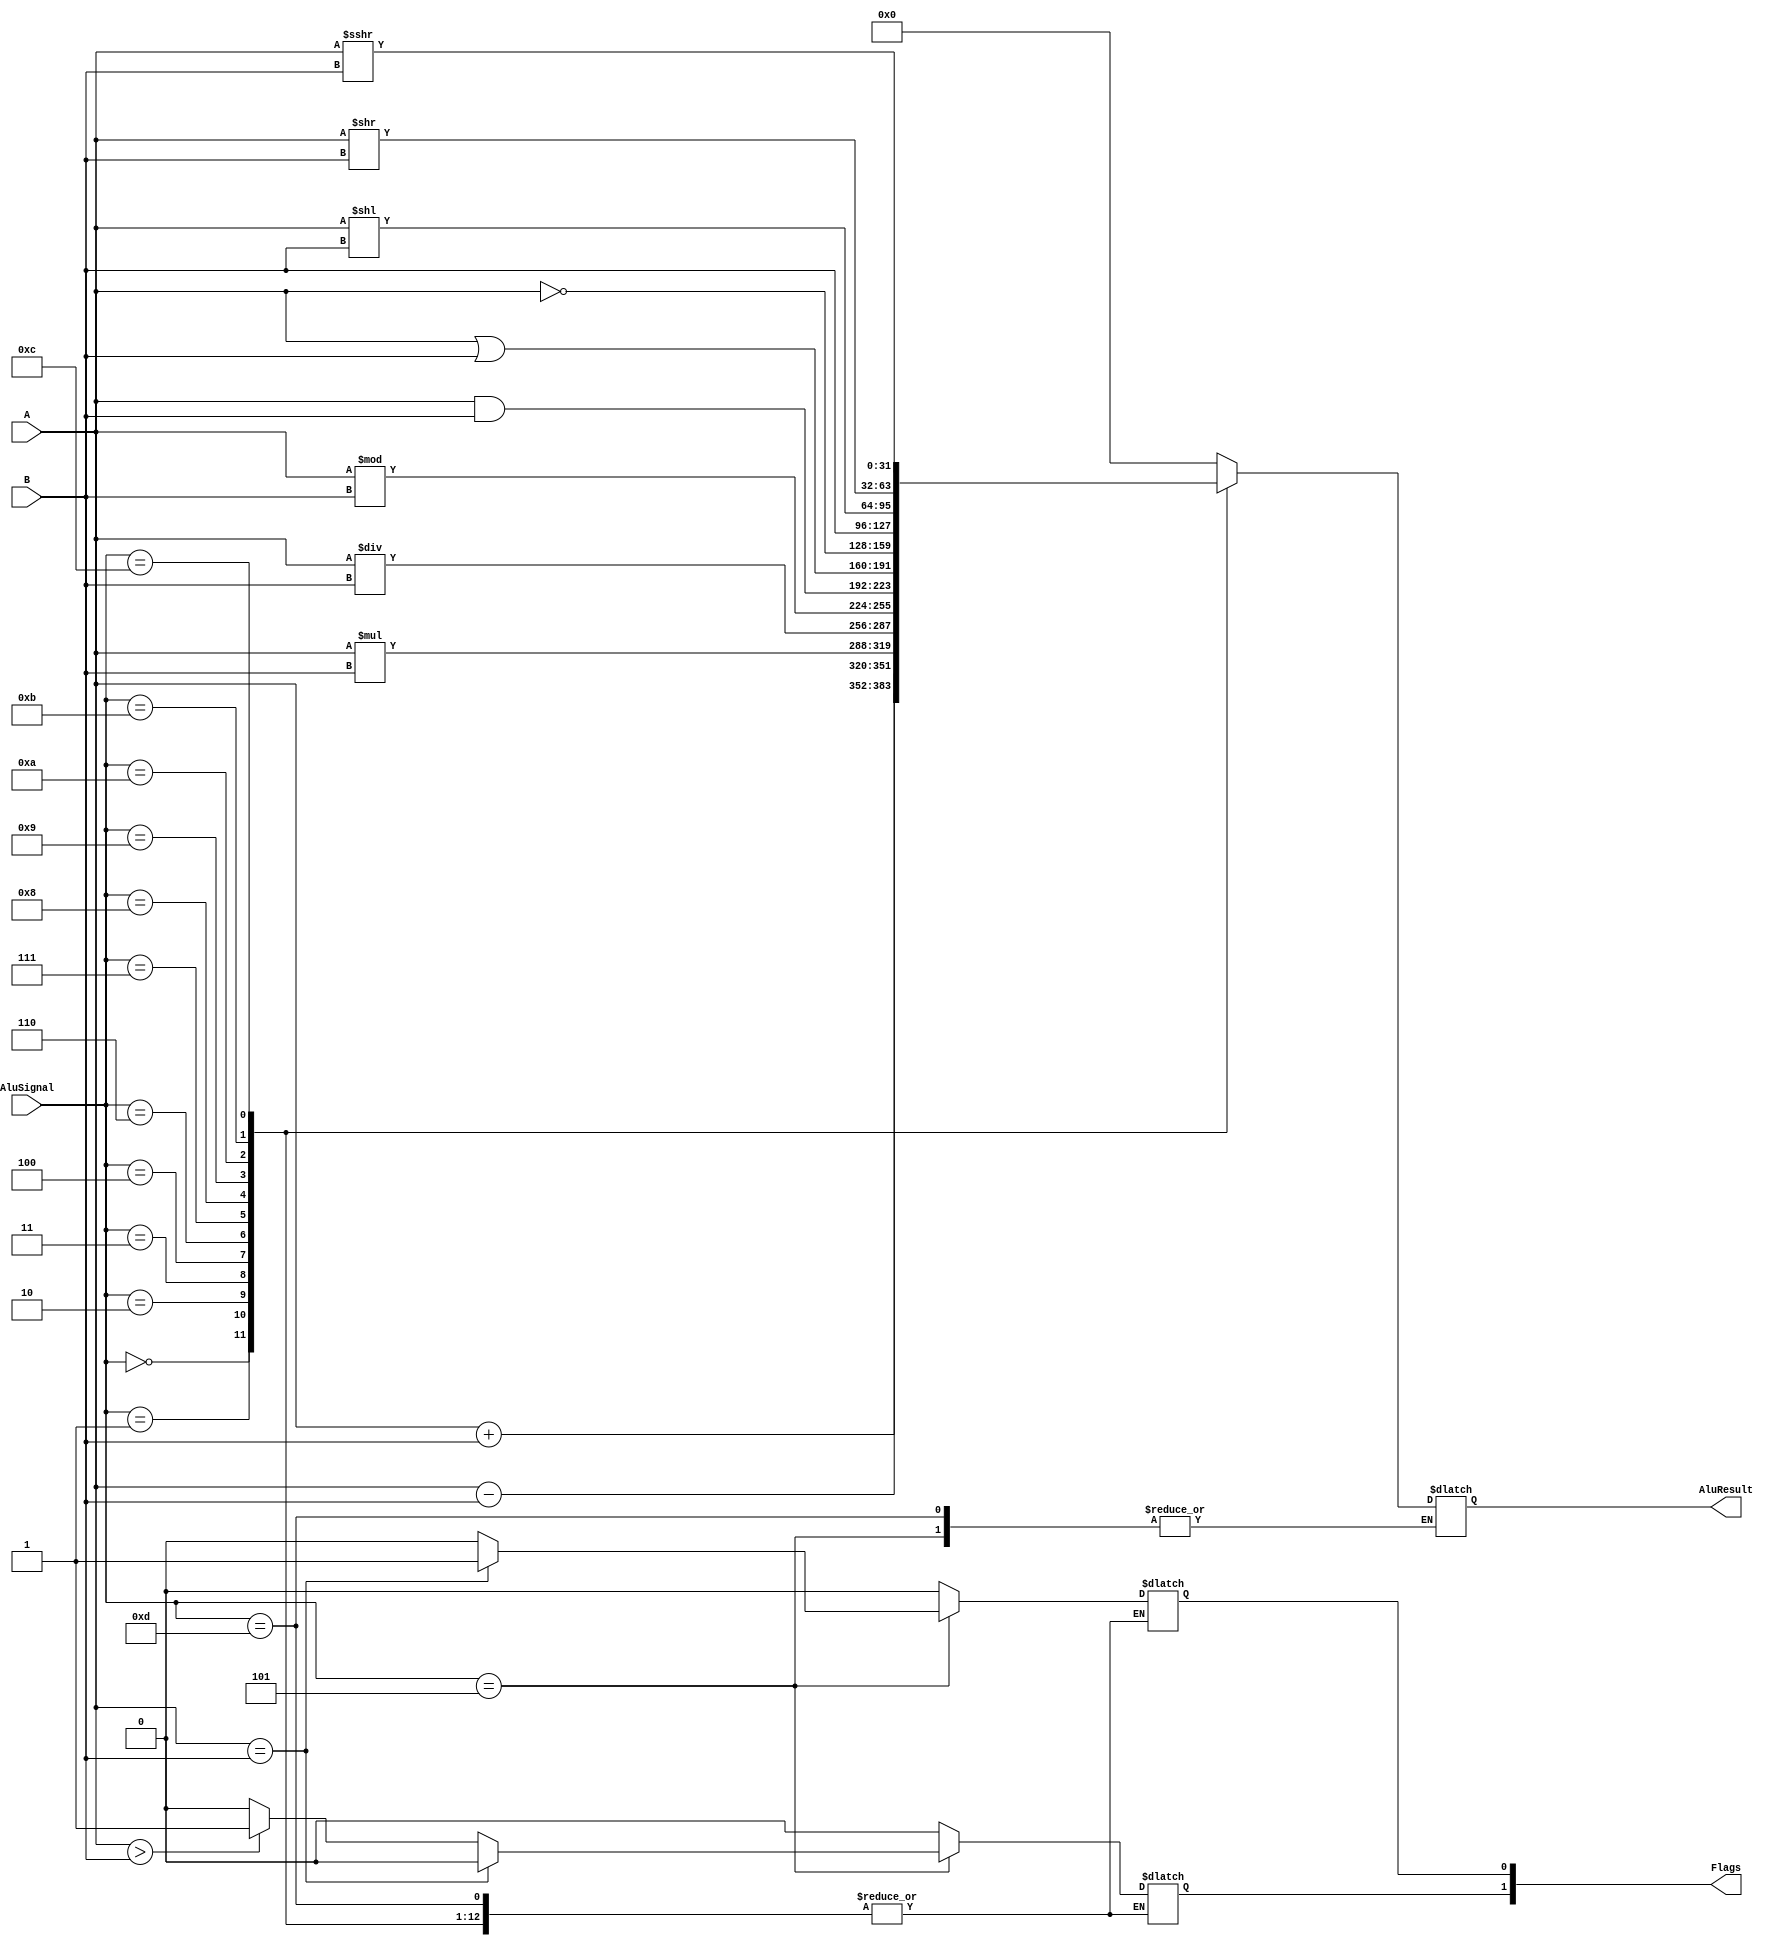
module Alu(
           input [4:0] AluSignal,
           input [31:0] A,
           input [31:0] B,
           output [31:0] AluResult,
           output [1:0] Flags
           );

wire [4:0] AluSignal;
wire signed [31:0] A,B;
reg [31:0] AluResult;
wire signed [31:0] A_signed;
reg [1:0] Flags;
assign A_signed=A;

//----------------------------------------
always @(*)
          begin
          case(AluSignal)

5'b00000 : AluResult = A + B ;// add
5'b00001 : AluResult = A - B ; // sub
5'b00010 : AluResult = A * B ; //mul
5'b00011 : AluResult = A / B ; //div 
5'b00100 : AluResult = A % B ; //mod
5'b00101 : begin
                if (A == B)
                begin 
                Flags[0] = 1'b1;
                Flags[1] = 1'b0;
                end  
                else if (A > B)
                begin
                Flags[0] = 1'b0; 
                Flags[1] = 1'b1;
                end
                else 
                begin
                Flags[0] = 1'b0; 
                Flags[1] = 1'b0;
                end
           end                        //cmp
5'b00110 : AluResult = A & B ; //and
5'b00111 : AluResult = A | B ; //or
5'b01000 : AluResult = ~A ;    //not
5'b01001 : AluResult =  B ;    // mov
5'b01010 : AluResult = A << B ;   //lsl
5'b01011 : AluResult = A >> B ; // A unsigned   //lsr
5'b01100 : 
          begin
          AluResult= A_signed >>> B;                     // A signed     //asr
          end
5'b01101:
          begin
           
          
          end
                   
default: begin
          AluResult = 32'd0;
          Flags[0] = 1'b0; 
          Flags[1] = 1'b0;
         end

endcase
end
endmodule